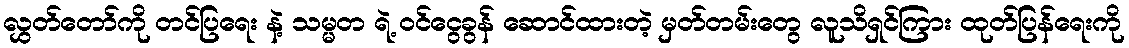
လွှတ်တော်ကို တင်ပြရေး နဲ့ သမ္မတ ရဲ့ ဝင်ငွေခွန် ဆောင်ထားတဲ့ မှတ်တမ်းတွေ လူသိရှင်ကြား ထုတ်ပြန်ရေးကို